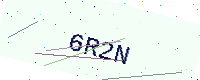
Text: 6R2N